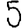
Digit: 5